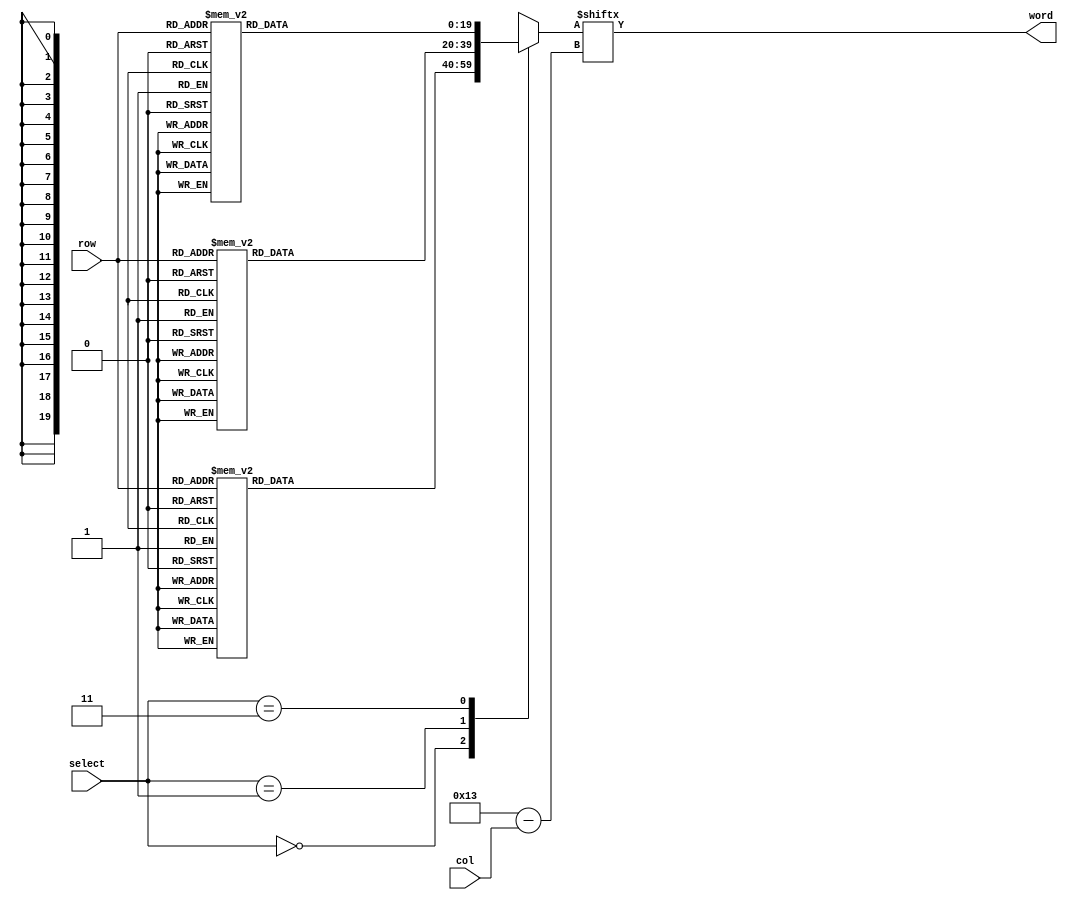
module word(
	input [4:0] row, col,
	input [1:0] select,
	output word
);
reg [19:0] data;
always @(row,col,select,data[19:0])
begin 
	case (select)
		2'b00: case(row) // waiting to start.
				5'b00000: data = 20'b00000000000000000000;
				5'b00001: data = 20'b00000111111111100000;
				5'b00010: data = 20'b00011000000000011000;
				5'b00011: data = 20'b00100000000000000100;
				5'b00100: data = 20'b01000111000011100010;
				5'b00101: data = 20'b01001000100100010010;
				5'b00110: data = 20'b01000000000000000010;
				5'b00111: data = 20'b01000100000000100010;
				5'b01000: data = 20'b00100011111111000100;
				5'b01001: data = 20'b00011000000000011000;
				5'b01010: data = 20'b00000111111111100000;
				5'b01011: data = 20'b00000000000000000000;
				5'b01100: data = 20'b00000000000000000000;
				5'b01101: data = 20'b00011111000011110000;
				5'b01110: data = 20'b00100000000100001000;
				5'b01111: data = 20'b00100000001000000100;
				5'b10000: data = 20'b00100111101000000100;
				5'b10001: data = 20'b00100011000100001000;
				5'b10010: data = 20'b00011110000011110000;
				5'b10011: data = 20'b00000000000000000000;
				default: data = 20'bxxxxxxxxxxxxxxxxxxxx;
			endcase
		2'b01: case(row) // lose
				5'b00000: data = 20'b00000000000000000000;
				5'b00001: data = 20'b00100011101110111000;
				5'b00010: data = 20'b00100010101000100000;
				5'b00011: data = 20'b00100010101110111000;
				5'b00100: data = 20'b00100010100010100000;
				5'b00101: data = 20'b00111011101110111000;
				5'b00110: data = 20'b00000000000000000000;
				5'b00111: data = 20'b00001110000001110000;
				5'b01000: data = 20'b00011111000011111000;
				5'b01001: data = 20'b00011111110001111000;
				5'b01010: data = 20'b00001111100111110000;
				5'b01011: data = 20'b00000011110001100000;
				5'b01100: data = 20'b00000001100001000000;
				5'b01101: data = 20'b00000000100000000000;
				5'b01110: data = 20'b00011110000000000000;
				5'b01111: data = 20'b00100000111100100100;
				5'b10000: data = 20'b00011100100010100100;
				5'b10001: data = 20'b00000010111100011100;
				5'b10010: data = 20'b00000010100010000100;
				5'b10011: data = 20'b00111100100010011000;
				default: data = 20'bxxxxxxxxxxxxxxxxxxxx;
			endcase
		2'b10: case(row) // nothing
				default: data = 20'bxxxxxxxxxxxxxxxxxxxx;
		       endcase
		2'b11: case(row) // win
				5'b00000: data = 20'b00000000000000101010;
				5'b00001: data = 20'b00001000010000101010;
				5'b00010: data = 20'b00111100111100110110;
				5'b00011: data = 20'b01100111100110000000;
				5'b00100: data = 20'b01000011000110011100;
				5'b00101: data = 20'b00110000001100001000;
				5'b00110: data = 20'b00011100111000011100;
				5'b00111: data = 20'b00000111100000000000;
				5'b01000: data = 20'b00000011000000110100;
				5'b01001: data = 20'b00000010000000101100;
				5'b01010: data = 20'b00000000000000100100;
				5'b01011: data = 20'b00111000001110000001;
				5'b01100: data = 20'b01000100010001000001;
				5'b01101: data = 20'b01000100010001000010;
				5'b01110: data = 20'b01000100010001000010;
				5'b01111: data = 20'b01000100010001000100;
				5'b10000: data = 20'b01000100010001000100;
				5'b10001: data = 20'b01000100010001001000;
				5'b10010: data = 20'b01000100010001001000;
				5'b10011: data = 20'b00111001001110010000;


				default: data = 20'bxxxxxxxxxxxxxxxxxxxx;
		       endcase
		default: data = 20'bxxxxxxxxxxxxxxxxxxxx;
	endcase
end

assign word = data[19-col];

endmodule